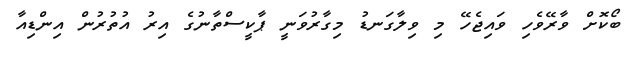
ބޯކޮށް ވާރޭވެހި ވައިޖެހޭ މި ވިލާގަނޑު މިގާރުވަނީ ޕާކީސްތާނުގެ އިރު އުތުރުން އިންޑިއާ